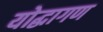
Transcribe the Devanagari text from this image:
योद्धागण